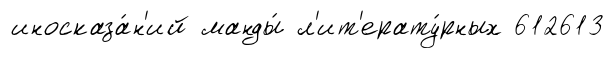
иносказа́н'ий манды́ л'ит'ерату́рных 612613